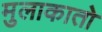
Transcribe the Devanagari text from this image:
मुलाकातो